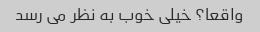
واقعا؟ خیلی خوب به نظر می رسد